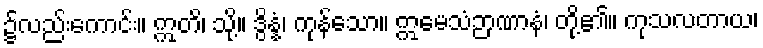
၌လည်းကောင်း။ ဣတိ၊ သို့။ ဒွိန္နံ၊ ကုန်သော။ ဣမေသံဉာဏာနံ၊ တို့၏။ ကုသလတာယ၊